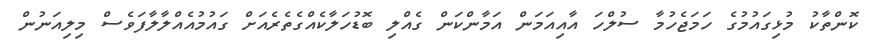
ކޮންތާކު މުޅިގައުމުގެ ހަމަޖެހުމާ ސުލްހަ އާއިއަމަން އަމާންކަން ގެއްލި ބޮޑުހަލާކެއްގެތެރެއަށް ގައުމުއެއްލާލާފަވެސް މިލިއަނުން